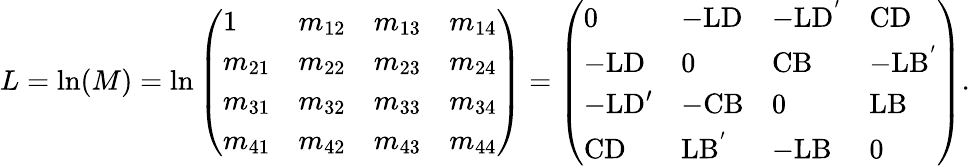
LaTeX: L=\textrm{ln}(M)=\textrm{ln}\left(\begin{array}{llll}{1}&{m_{12}}&{m_{13}}&{m_{14}}\\ {m_{21}}&{m_{22}}&{m_{23}}&{m_{24}}\\ {m_{31}}&{m_{32}}&{m_{33}}&{m_{34}}\\ {m_{41}}&{m_{42}}&{m_{43}}&{m_{44}}\end{array}\right)=\left(\begin{array}{llll}{0}&{-\textrm{LD}}&{-\textrm{LD}^{'}}&{\textrm{CD}}\\ {-\textrm{LD}}&{0}&{\textrm{CB}}&{-\textrm{LB}^{'}}\\ {-\textrm{LD}^{\prime}}&{-\textrm{CB}}&{0}&{\textrm{LB}}\\ {\textrm{CD}}&{\textrm{LB}^{'}}&{-\textrm{LB}}&{0}\end{array}\right).